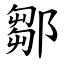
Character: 鄒